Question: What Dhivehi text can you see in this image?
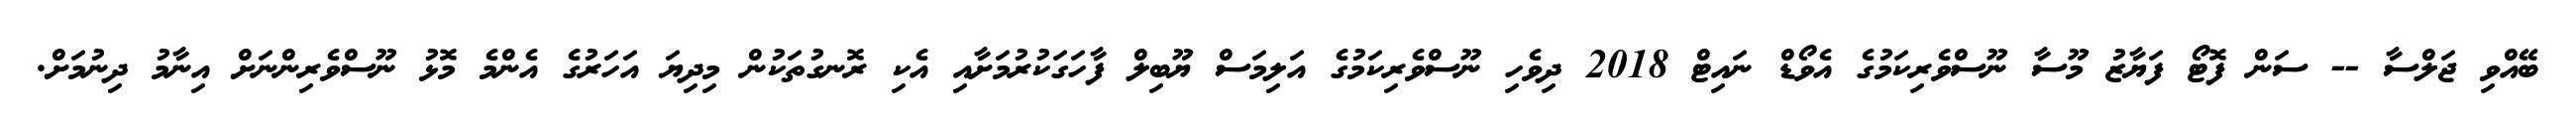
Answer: ބޭއްވި ޖަލްސާ -- ސަން ފޮޓޯ ފަޔާޒު މޫސާ ނޫސްވެރިކަމުގެ އެވޯޑް ނައިޓް 2018 ދިވެހި ނޫސްވެރިކަމުގެ އަލިމަސް ޔޫބިލް ފާހަގަކުރުމަށާއި އެކި ރޮނގުތަކުން މިދިޔަ އަހަރުގެ އެންމެ މޮޅު ނޫސްވެރިންނަށް އިނާމު ދިނުމަށް.